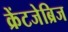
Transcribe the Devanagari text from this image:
क्रेंटजेब्रिज